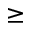
\geq